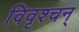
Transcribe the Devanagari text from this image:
विवृश्चन्